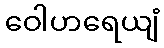
ဝေါဟရေယျံ